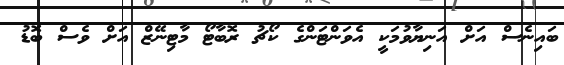
ބައިނެސް އަށް އަނިޔާވުމަކީ އެވަންޓަންގެ ކޯޗު ރޮބާޓޯ މާޓިނޭޒް އަށް ވެސް ބޮޑު